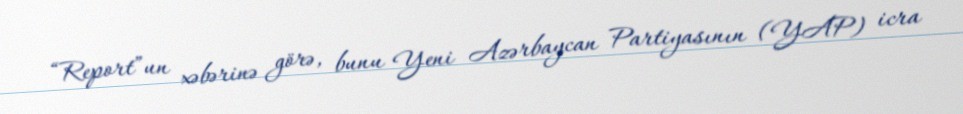
“Report”un xəbərinə görə, bunu Yeni Azərbaycan Partiyasının (YAP) icra